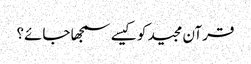
قرآن مجید کو کیسے سمجھا جائے؟